Report of the Municipal Commissioner on the plague in Bombay for the year ending 31st May... - Volume 2
Disease focus: Plague
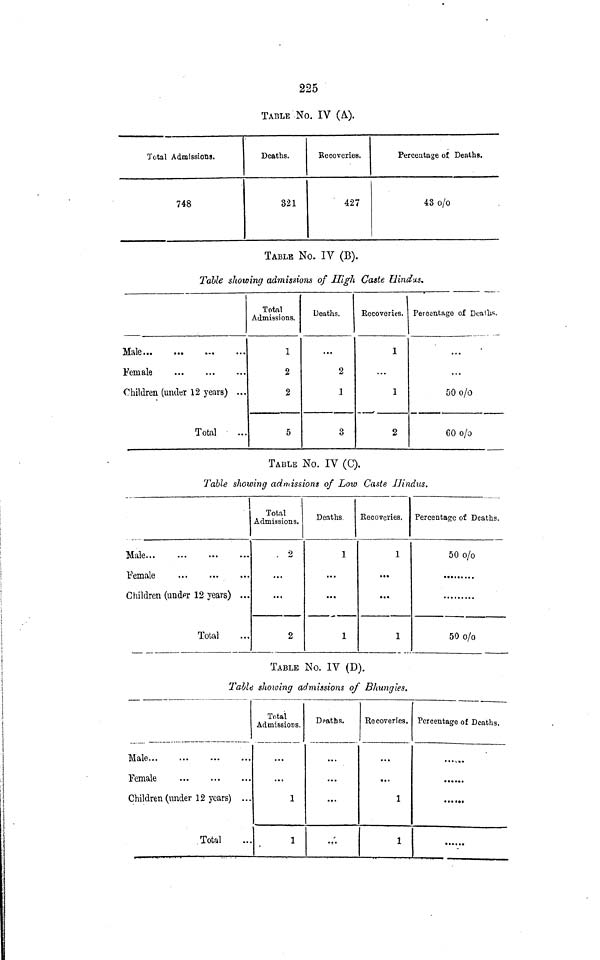
225
TABLE No. IV (A).
Total Admissions.
748
Deaths.
321
Recoveries.
427
Percentage of Deaths.
43o/0
TABLE No. IV (B).
Table showing admissions of High Caste Hindus*
Male
Female
Children (under 12 years) ...
Total
Total
Admissions.
1
2
2
5
Deaths.
...
2
1
3
Recoveries.
1
...
1
2
Percentage of Deaths.
...
...
50 o/o
60 o/o
TABLE No. IV (C).
Table showing admissions of Low Caste UIndus.
Male
Female
Children (under 12 years) ...
Total
Total
Admissions.
2
...
2
Deaths
1
...
...
1
Recoveries.
1
»•*
*•«
1
Percentage of Deaths.
50 O/o
50 o/o
TABLE No. IV (D).
Table showing admissions of Bhungies.
Male
Female
Children (under 12 years) ...
Total
Total
Admissions.
1
1
Deaths.
...
...
.,'.
Recoveries,
• • «
1
1
Percentage of Deaths.
......
......